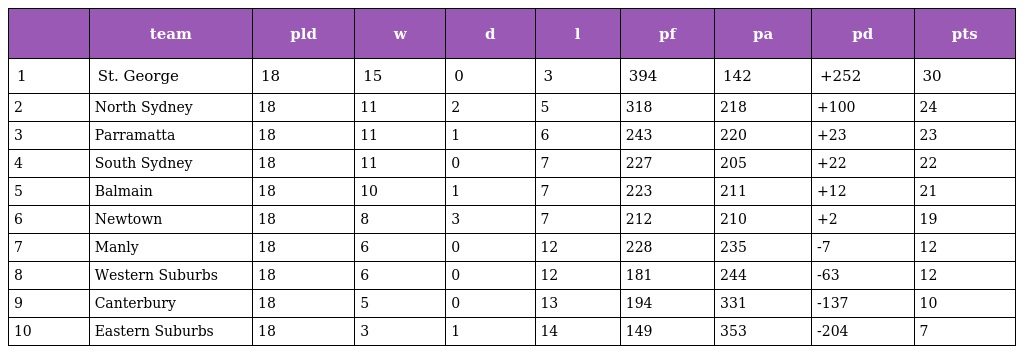
|  | team | pld | w | d | l | pf | pa | pd | pts |
 | --- | --- | --- | --- | --- | --- | --- | --- | --- | --- |
 | 1 | St. George | 18 | 15 | 0 | 3 | 394 | 142 | +252 | 30 |
 | 2 | North Sydney | 18 | 11 | 2 | 5 | 318 | 218 | +100 | 24 |
 | 3 | Parramatta | 18 | 11 | 1 | 6 | 243 | 220 | +23 | 23 |
 | 4 | South Sydney | 18 | 11 | 0 | 7 | 227 | 205 | +22 | 22 |
 | 5 | Balmain | 18 | 10 | 1 | 7 | 223 | 211 | +12 | 21 |
 | 6 | Newtown | 18 | 8 | 3 | 7 | 212 | 210 | +2 | 19 |
 | 7 | Manly | 18 | 6 | 0 | 12 | 228 | 235 | -7 | 12 |
 | 8 | Western Suburbs | 18 | 6 | 0 | 12 | 181 | 244 | -63 | 12 |
 | 9 | Canterbury | 18 | 5 | 0 | 13 | 194 | 331 | -137 | 10 |
 | 10 | Eastern Suburbs | 18 | 3 | 1 | 14 | 149 | 353 | -204 | 7 |